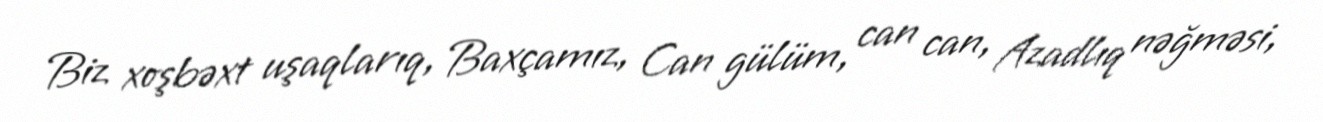
Biz xoşbəxt uşaqlarıq, Baxçamız, Can gülüm, can can, Azadlıq nəğməsi,